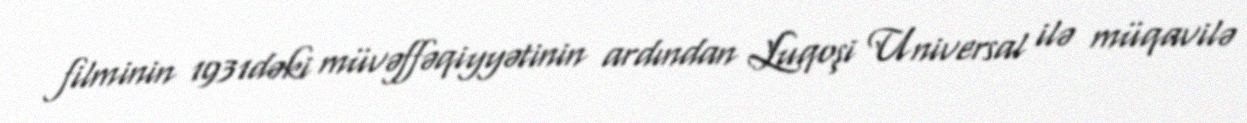
filminin 1931dəki müvəffəqiyyətinin ardından Luqoşi Universal ilə müqavilə